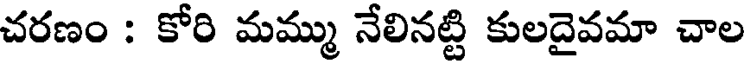
చరణం : కోరి మమ్ము నేలినట్టి కులదైవమా చాల